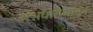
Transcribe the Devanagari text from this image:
अभयारण्यांतून